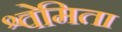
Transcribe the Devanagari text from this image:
श्वेमिता